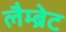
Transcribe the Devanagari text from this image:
लैम्ब्रेट